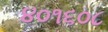
૪૦૧૬૦૮